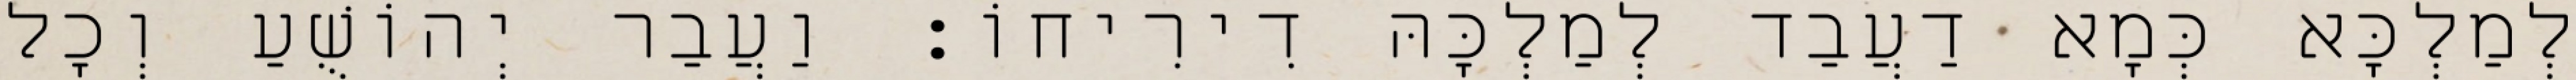
לְמַלְכָּא כְּמָא דַעֲבַד לְמַלְכָּהּ דִירִיחוֹ׃ וַעֲבַר יְהוֹשֻׁעַ וְכָל